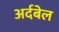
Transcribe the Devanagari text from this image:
अर्दबेल